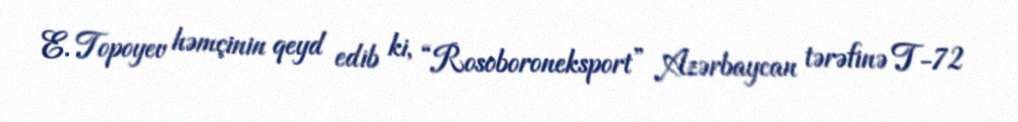
E. Topoyev həmçinin qeyd edib ki, “Rosoboroneksport” Azərbaycan tərəfinə T-72